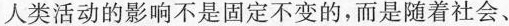
人类活动的影响不是固定不变的，而是随着社会、